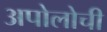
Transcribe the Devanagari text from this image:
अपोलोची